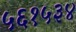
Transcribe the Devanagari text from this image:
५६१५३४